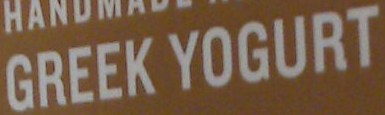
GREEK YOGURT